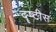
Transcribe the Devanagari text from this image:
दॄष्टीस